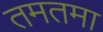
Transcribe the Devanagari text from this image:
तमतमा